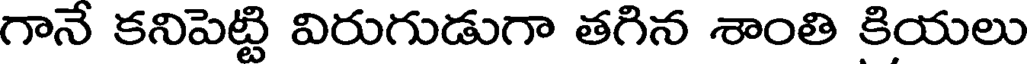
గానే కనిపెట్టి విరుగుడుగా తగిన శాంతి కియలు